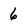
Character: 6